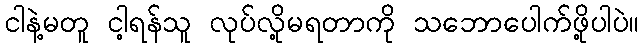
ငါနဲ့မတူ ငါ့ရန်သူ လုပ်လို့မရတာကို သဘောပေါက်ဖို့ပါပဲ။